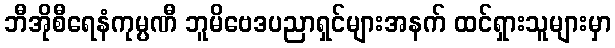
ဘီအိုစီရေနံကုမ္ပဏီ ဘူမိဗေဒပညာရှင်များအနက် ထင်ရှားသူများမှာ